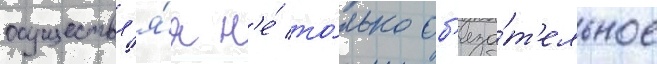
осуществл'я́я н'е́ то́лько об'яза́т'ельное